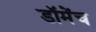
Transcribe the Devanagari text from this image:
डॉमेंच